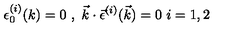
\epsilon _ { 0 } ^ { ( i ) } ( k ) = 0 \ , \ \vec { k } \cdot \vec { \epsilon } ^ { ( i ) } ( \vec { k } ) = 0 \ i = 1 , 2